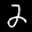
Label: 2